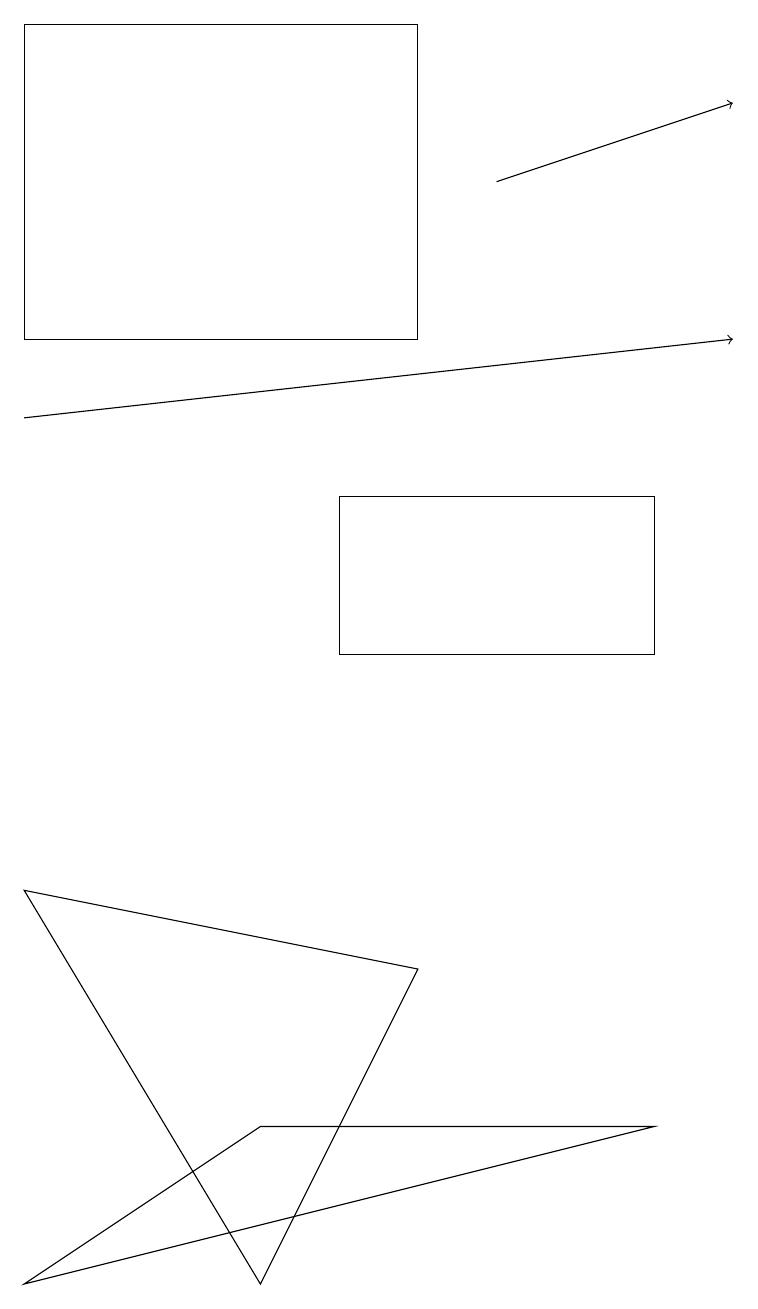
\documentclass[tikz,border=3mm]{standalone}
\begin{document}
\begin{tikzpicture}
\draw (3,2) -- (5,6) -- (0,7) -- cycle;
\draw (5,18) rectangle (0,14);
\draw[->] (0,13) -- (9,14);
\draw (8,4) -- (3,4) -- (0,2) -- cycle;
\draw[->] (6,16) -- (9,17);
\draw (8,12) rectangle (4,10);
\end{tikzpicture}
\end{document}